Document type: Sale
Year: 1435
Scribe: Pere Soler
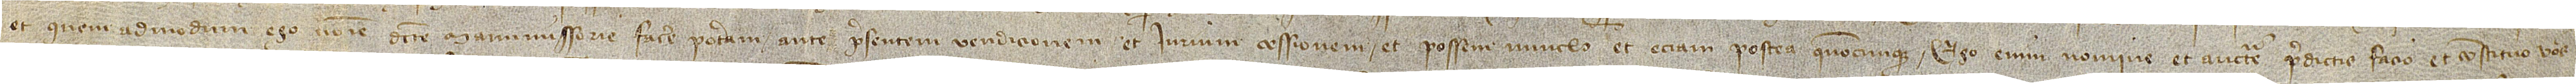
et quemadmodum ego nomine dicte manumissorie facere poteram ante presentem vendicionem et iurium cessionem et possem vinculo et etiam postea quandocunque. Ego enim nomine et auctoritate predictis facio et constituo vos